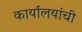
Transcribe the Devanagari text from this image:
कार्यालयांची